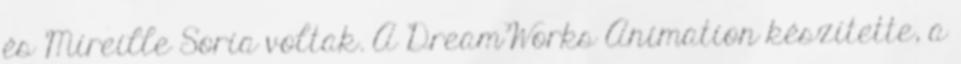
és Mireille Soria voltak. A DreamWorks Animation készítette, a